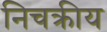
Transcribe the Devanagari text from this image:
निचक्रीय